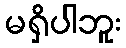
မရှိပါဘူး